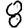
Digit: 8